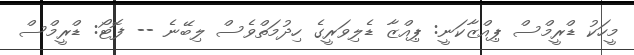
މީހަކު ޑްރީމްސް ޕިއްޒާކަނީ: ޕިއްޒާ ޑެލިވަރީގެ ހިދުމަތްވެސް ލިބޭނެ -- ފޮޓޯ: ޑްރީމްސް